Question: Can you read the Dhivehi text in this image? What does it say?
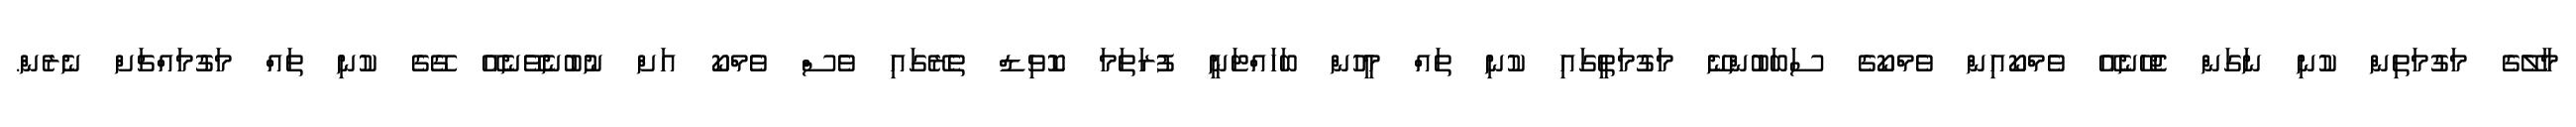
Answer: މާލޭގެ މަގުމަތިން ކުނި ނަގަން ޖެހޭނެއޭ ވެމްކޯއިން ވެމްކޯގެ ސަބަބުންނޭ މަގުމަތީގައި ކުނި ތައް މީހުން ބަހައްޓަނީ ފުރަތަމަ ކޮވިޑް ތެރޭގައި ވެސް ވެމްކޯ އަށް ނުބުނެވޭނެއޭ ގޭގެ ކުނި ތައް މަގުމައްޗަށް ނެރެން.